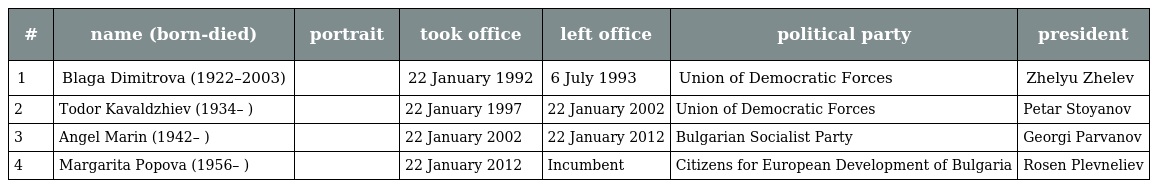
| # | name (born-died) | portrait | took office | left office | political party | president |
 | --- | --- | --- | --- | --- | --- | --- |
 | 1 | Blaga Dimitrova (1922–2003) |  | 22 January 1992 | 6 July 1993 | Union of Democratic Forces | Zhelyu Zhelev |
 | 2 | Todor Kavaldzhiev (1934– ) |  | 22 January 1997 | 22 January 2002 | Union of Democratic Forces | Petar Stoyanov |
 | 3 | Angel Marin (1942– ) |  | 22 January 2002 | 22 January 2012 | Bulgarian Socialist Party | Georgi Parvanov |
 | 4 | Margarita Popova (1956– ) |  | 22 January 2012 | Incumbent | Citizens for European Development of Bulgaria | Rosen Plevneliev |